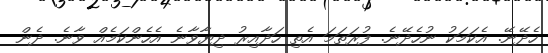
ހެދޭނޭ. އެކަމަކު ނުހެދޭނެ. ފުރަތަމަ އެތި ހަދާއިރު ދިޔާވާނެ އެހެންކަމެއް ވާނެ. ދެން